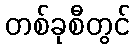
တစ်ခုစီတွင်